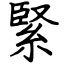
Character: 緊